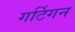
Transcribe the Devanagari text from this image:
गर्टिगन